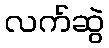
လက်ဆွဲ